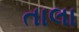
તાલા